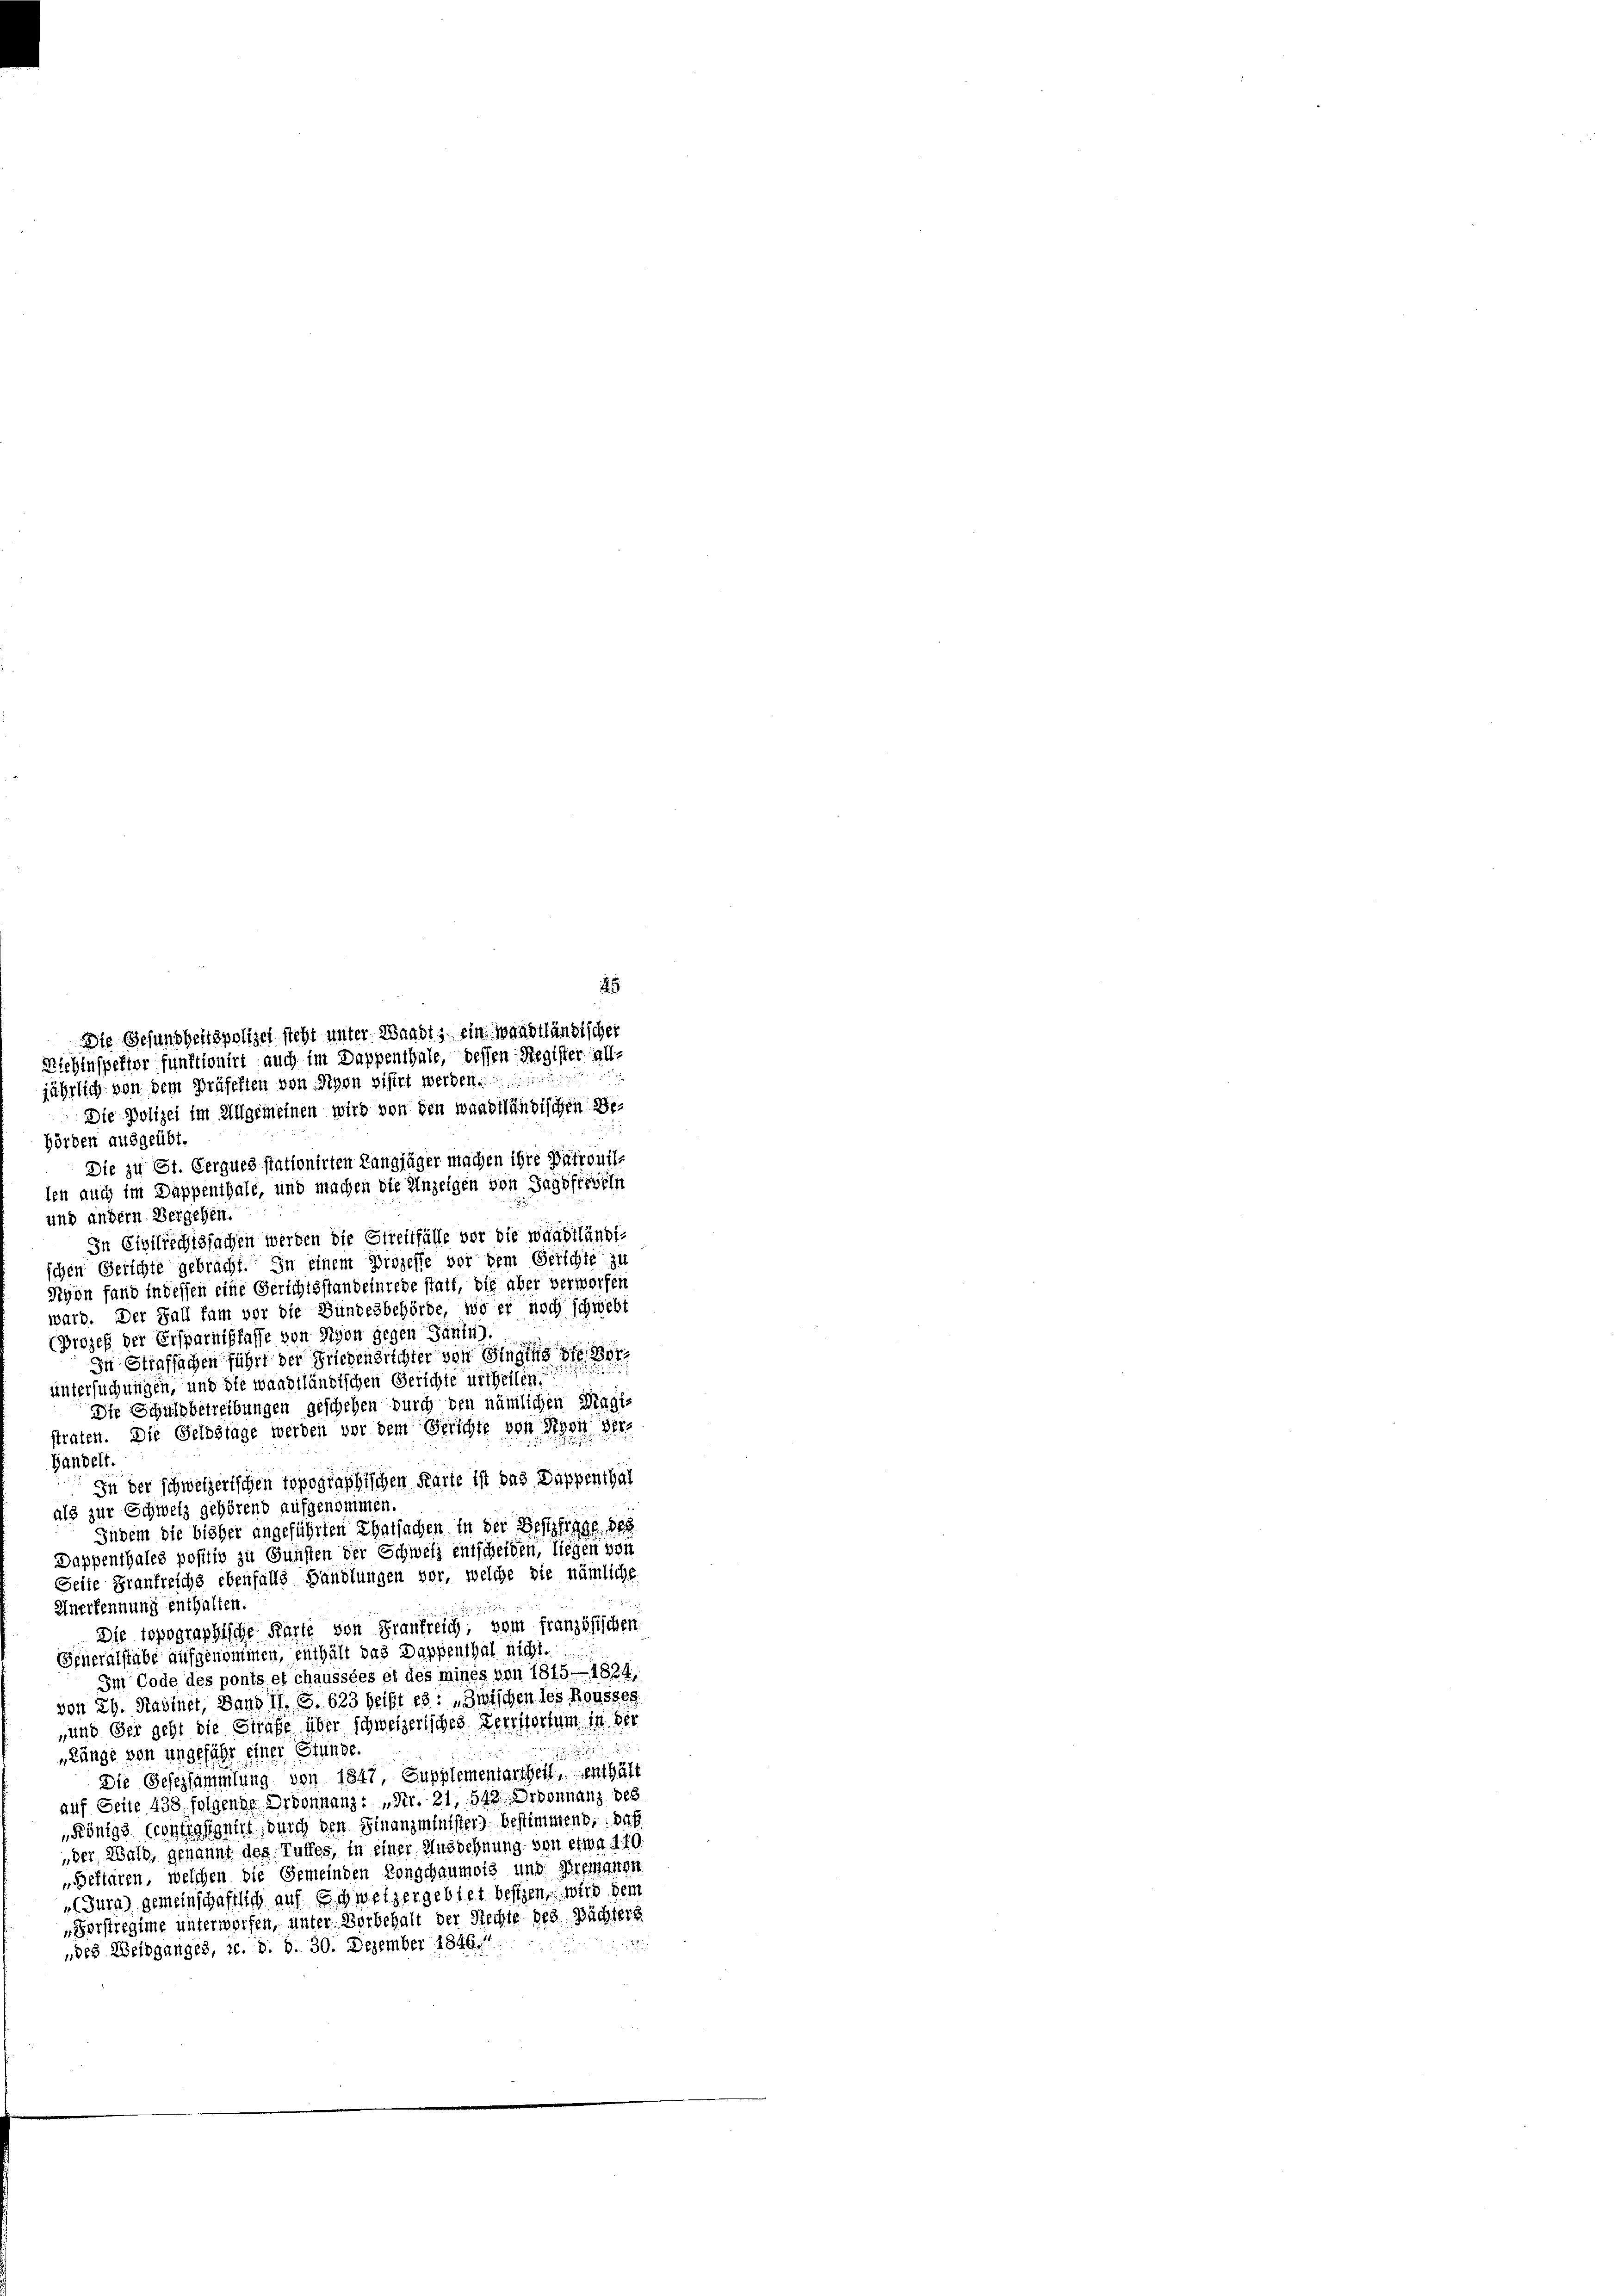
2
Die Gesundheitspolizei steht unter Waadt, ein Waadtländischer

jährlich von dem Präfelten von Sigon visirt werden.
hörden ausgeübt.
Die zu St. Cerques stationirten Langjäger machen ihre Patrouil-
len auch im Dappenthale, und machen die Anzeigen von Jagdfreveln
und andern Vergehen.
In Civilrechtssachen werden die Streitfälle vor die waadtländi-
schen Gerichte gebracht. In einem Prozesse vor dem Gerichte zu
Nyon fand in dessen eine Gerichtsstandeinrede statt, die aber verworfen
ward. Der Fall fam vor die Bundesbehörde, wo er noch schwebt
(Prozeß der Ersparnisfasse von Nyon gegen Jäntu).
In Strafsachen führt der Friedensrichter von Singthe die Br
untersuchungen, und die waadtländischen Gerichte urtheilen:
Die Schuldbetreibungen geschehen durch den nämlichen Magistraten. Die Geldstage werden vor dem Gerichte von Rosa ver¬
Handelt.
Jn der schweizerischen Topographischen Karte ist das Dappenthal
als zur Schweiz gehörend aufgenommen.
Indem die bisher angeführten Thatsachen in der Bestifiage des
Dappenthales positiv zu Gunsten der Schweiz entscheiden, liegen von
Seite Frankreichs ebenfalls Handlungen vor, welche die nämliche
Unerkennung enthalten.
1752
Die topographische Karte von Frankreich; vom französischen.
Generalstabe aufgenommen, enthält das Dappenthal nicht.
Im Code des ponts et chaussées et des mines von 1815 — 1824,
von 24. Kabinet, Band II. S. 623 heißt es: „Zwischen les Rousses
„und der geht die Strafe über schweizerisches Verritorum in der
„Länge von ungefähr einer Stunde.

Die Geschsammlung von 1847, Supplementarscheit, enthält
auf Seite 438 folgende Ordonnanz: „Nr. 21, 542. Ordonnanz bes
„Königs Crontensionirt, durch den Finanzministers bestimmend, daß
„der Wald, genannt des Ruffes, in einer Ausdehnung von etwa 110.
„Bettaren, welchen die Gemeinden Conschaumois und Bremanen
(Jura) gemeinschaftlich auf schweizergebiet bessen, wird dem
„Forstregime unterworfen, unter Vorbehalt der Rechte des Pächters
„des Weidganges, z. d. d. 30. Dezember 1846.

Miehinspektor funktionirt auch im Dappenthale, dessen Register all¬

Die Polizei im Allgemeinen wird von den waadtländischen Be¬